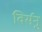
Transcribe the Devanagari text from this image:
विर्सनु